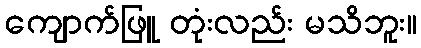
ကျောက်ဖြူ တုံးလည်း မသိဘူး။